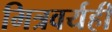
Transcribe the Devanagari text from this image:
मित्रवर्यही